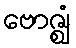
ဗောဇ္ဈံ